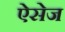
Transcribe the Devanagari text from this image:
ऐसेज